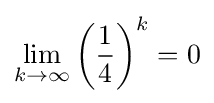
\lim _{k\to \infty }\left({\frac {1}{4}}\right)^{k}=0